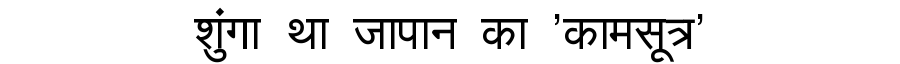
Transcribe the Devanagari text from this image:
शुंगा था जापान का 'कामसूत्र'